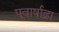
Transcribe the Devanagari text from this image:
पूवार्षाढ़ा